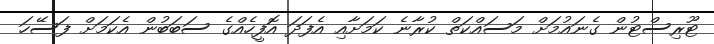
ޓޫރިސްޓުން ގެނައުމަށް މަސައްކަތް ކުރާނެ ކަމަށާއި އެފަދަ އޮފީހެއްގެ ސަބަބުން އެކަމަށް ފަސޭހަ